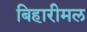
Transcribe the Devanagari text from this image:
बिहारीमल